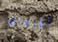
الإرهاق